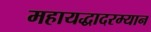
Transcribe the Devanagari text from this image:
महायद्धादरम्यान